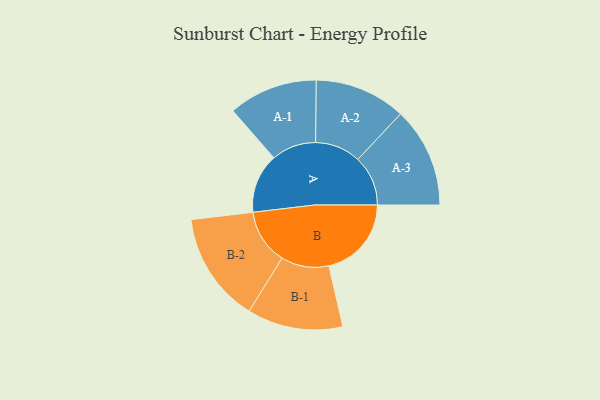
{"axis": {"x": "Segment", "y": "Value"}, "legend": ["", "A", "B"], "data": [{"x": "A", "y": 215, "type": ""}, {"x": "B", "y": 298, "type": ""}, {"x": "A-1", "y": 161, "type": "A"}, {"x": "A-2", "y": 165, "type": "A"}, {"x": "A-3", "y": 181, "type": "A"}, {"x": "B-1", "y": 173, "type": "B"}, {"x": "B-2", "y": 199, "type": "B"}]}